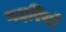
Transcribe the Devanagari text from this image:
गदरियों